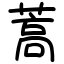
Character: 蒿